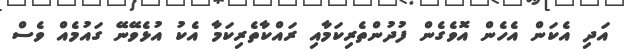
އަދި އެކަން އެހެން އޮވެގެން ފުދުންތެރިކަމާއި ރައްކާތެރިކަމާ އެކު އުޅެވޭނޭ ގައުމެއް ވެސް